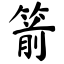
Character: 箭